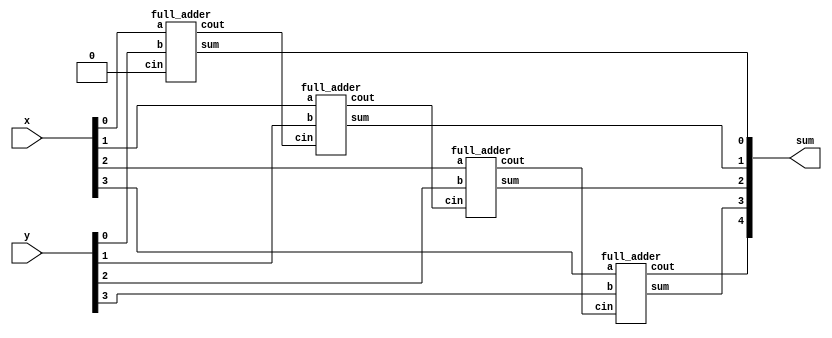

module top_module (
    input [3:0] x,
    input [3:0] y, 
    output [4:0] sum);
    
    wire [3:0] cout_temp;
    
    full_adder inst1_full_adder (
    	.a(x[0]),
    	.b(y[0]),
    	.cin(1'b0),
    	.sum(sum[0]),
    	.cout(cout_temp[0])
    );
    
    full_adder inst2_full_adder(
    	.a(x[1]),
    	.b(y[1]),
    	.cin(cout_temp[0]),
    	.sum(sum[1]),
    	.cout(cout_temp[1])
    );
    
    full_adder inst3_full_adder(
    	.a(x[2]),
    	.b(y[2]),
    	.cin(cout_temp[1]),
    	.sum(sum[2]),
    	.cout(cout_temp[2])
    );

    full_adder inst4_full_adder(
    	.a(x[3]),
    	.b(y[3]),
    	.cin(cout_temp[2]),
    	.sum(sum[3]),
    	.cout(sum[4])
    );

endmodule

module full_adder(
	input a, b, cin,
	output cout, sum
);

assign sum  = a ^ b ^ cin;
assign cout = a&b | a&cin | b&cin;

endmodule